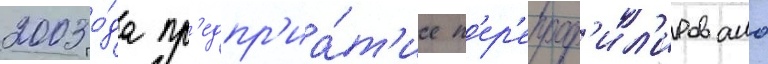
2003 го́да пр'едпр'иа́т'ие п'ер'епроф'ил'ировано